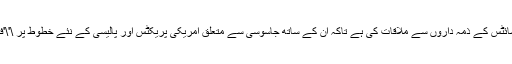
2014ء)امریکی صدر باراک اوباما نے فیس بک، گوگل اور سماجی رابطے کی دیگر ویب سائٹس کے ذمہ داروں سے ملاقات کی ہے تاکہ ان کے ساتھ جاسوسی سے متعلق امریکی پریکٹس اور پالیسی کے نئے خطوط پر \'\'فیڈ بیک\'\' لے سکیں کہ امریکی جاسوسی اداروں سے نجی زندگیاں کس حد تک متاثر ہوں گی۔